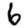
Digit: 6